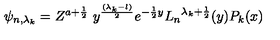
\psi _ { n , { \lambda _ { k } } } = Z ^ { a + \frac { 1 } { 2 } } \ y ^ { \frac { ( { \lambda _ { k } } - l ) } { 2 } } e ^ { - { \frac { 1 } { 2 } } y } { L _ { n } } ^ { { \lambda _ { k } } + { \frac { 1 } { 2 } } } ( y ) P _ { k } ( x )